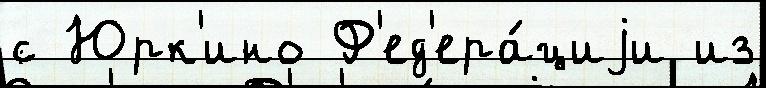
с Юрк'ино Ф'ед'ера́циjи из